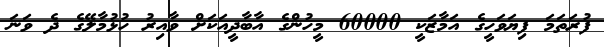
ފުރަތަމަ ފިޔަވަހީގެ އަމާޒަކީ 60000 މީހުންގެ އާބާދީއަކަށް ވާއިރު ހުޅުމާލޭގެ ދެ ވަނަ